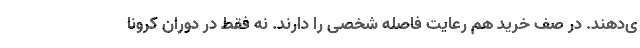
ی‌دهند. در صف خرید هم رعایت فاصله شخصی را دارند. نه فقط در دوران کرونا